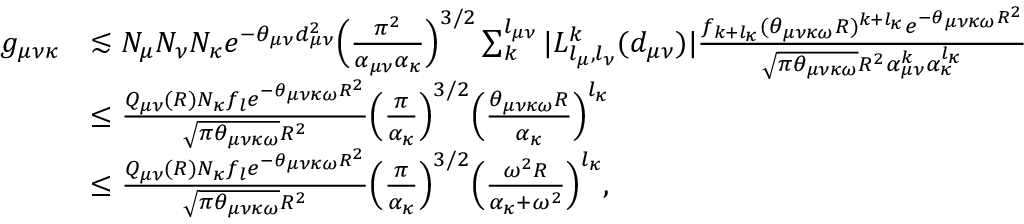
\begin{array} { r l } { g _ { \mu \nu \kappa } } & { \lesssim N _ { \mu } N _ { \nu } N _ { \kappa } e ^ { - \theta _ { \mu \nu } d _ { \mu \nu } ^ { 2 } } \Big ( \frac { \pi ^ { 2 } } { \alpha _ { \mu \nu } \alpha _ { \kappa } } \Big ) ^ { 3 / 2 } \sum _ { k } ^ { l _ { \mu \nu } } | L _ { l _ { \mu } , l _ { \nu } } ^ { k } ( d _ { \mu \nu } ) | \frac { f _ { k + l _ { \kappa } } ( \theta _ { \mu \nu \kappa \omega } R ) ^ { k + l _ { \kappa } } e ^ { - \theta _ { \mu \nu \kappa \omega } R ^ { 2 } } } { \sqrt { \pi \theta _ { \mu \nu \kappa \omega } } R ^ { 2 } \alpha _ { \mu \nu } ^ { k } \alpha _ { \kappa } ^ { l _ { \kappa } } } } \\ & { \leq \frac { Q _ { \mu \nu } ( R ) N _ { \kappa } f _ { l } e ^ { - \theta _ { \mu \nu \kappa \omega } R ^ { 2 } } } { \sqrt { \pi \theta _ { \mu \nu \kappa \omega } } R ^ { 2 } } \Big ( \frac { \pi } { \alpha _ { \kappa } } \Big ) ^ { 3 / 2 } \Big ( \frac { \theta _ { \mu \nu \kappa \omega } R } { \alpha _ { \kappa } } \Big ) ^ { l _ { \kappa } } } \\ & { \leq \frac { Q _ { \mu \nu } ( R ) N _ { \kappa } f _ { l } e ^ { - \theta _ { \mu \nu \kappa \omega } R ^ { 2 } } } { \sqrt { \pi \theta _ { \mu \nu \kappa \omega } } R ^ { 2 } } \Big ( \frac { \pi } { \alpha _ { \kappa } } \Big ) ^ { 3 / 2 } \Big ( \frac { \omega ^ { 2 } R } { \alpha _ { \kappa } + \omega ^ { 2 } } \Big ) ^ { l _ { \kappa } } , } \end{array}